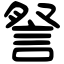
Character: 詧